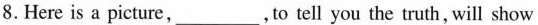
8. Here is a picture， ___ ，to tell you the truth, will show